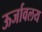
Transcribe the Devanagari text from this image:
ऊर्जावलय